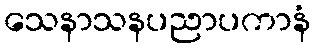
သေနာသနပညာပကာနံ